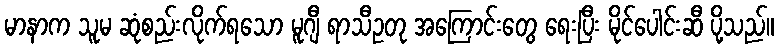
မာနာက သူမ ဆုံစည်းလိုက်ရသော မူဂျီ ရာသီဥတု အကြောင်းတွေ ရေးပြီး မိုင်ပေါင်းဆီ ပို့သည်။